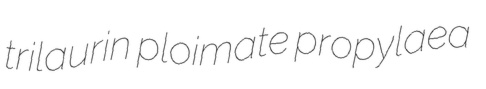
trilaurin ploimate propylaea